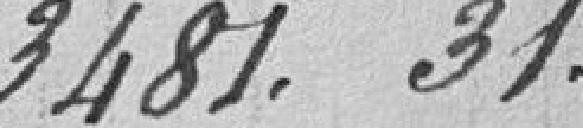
3.481,31 francs